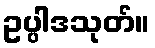
ဥပ္ပါဒသုတ်။